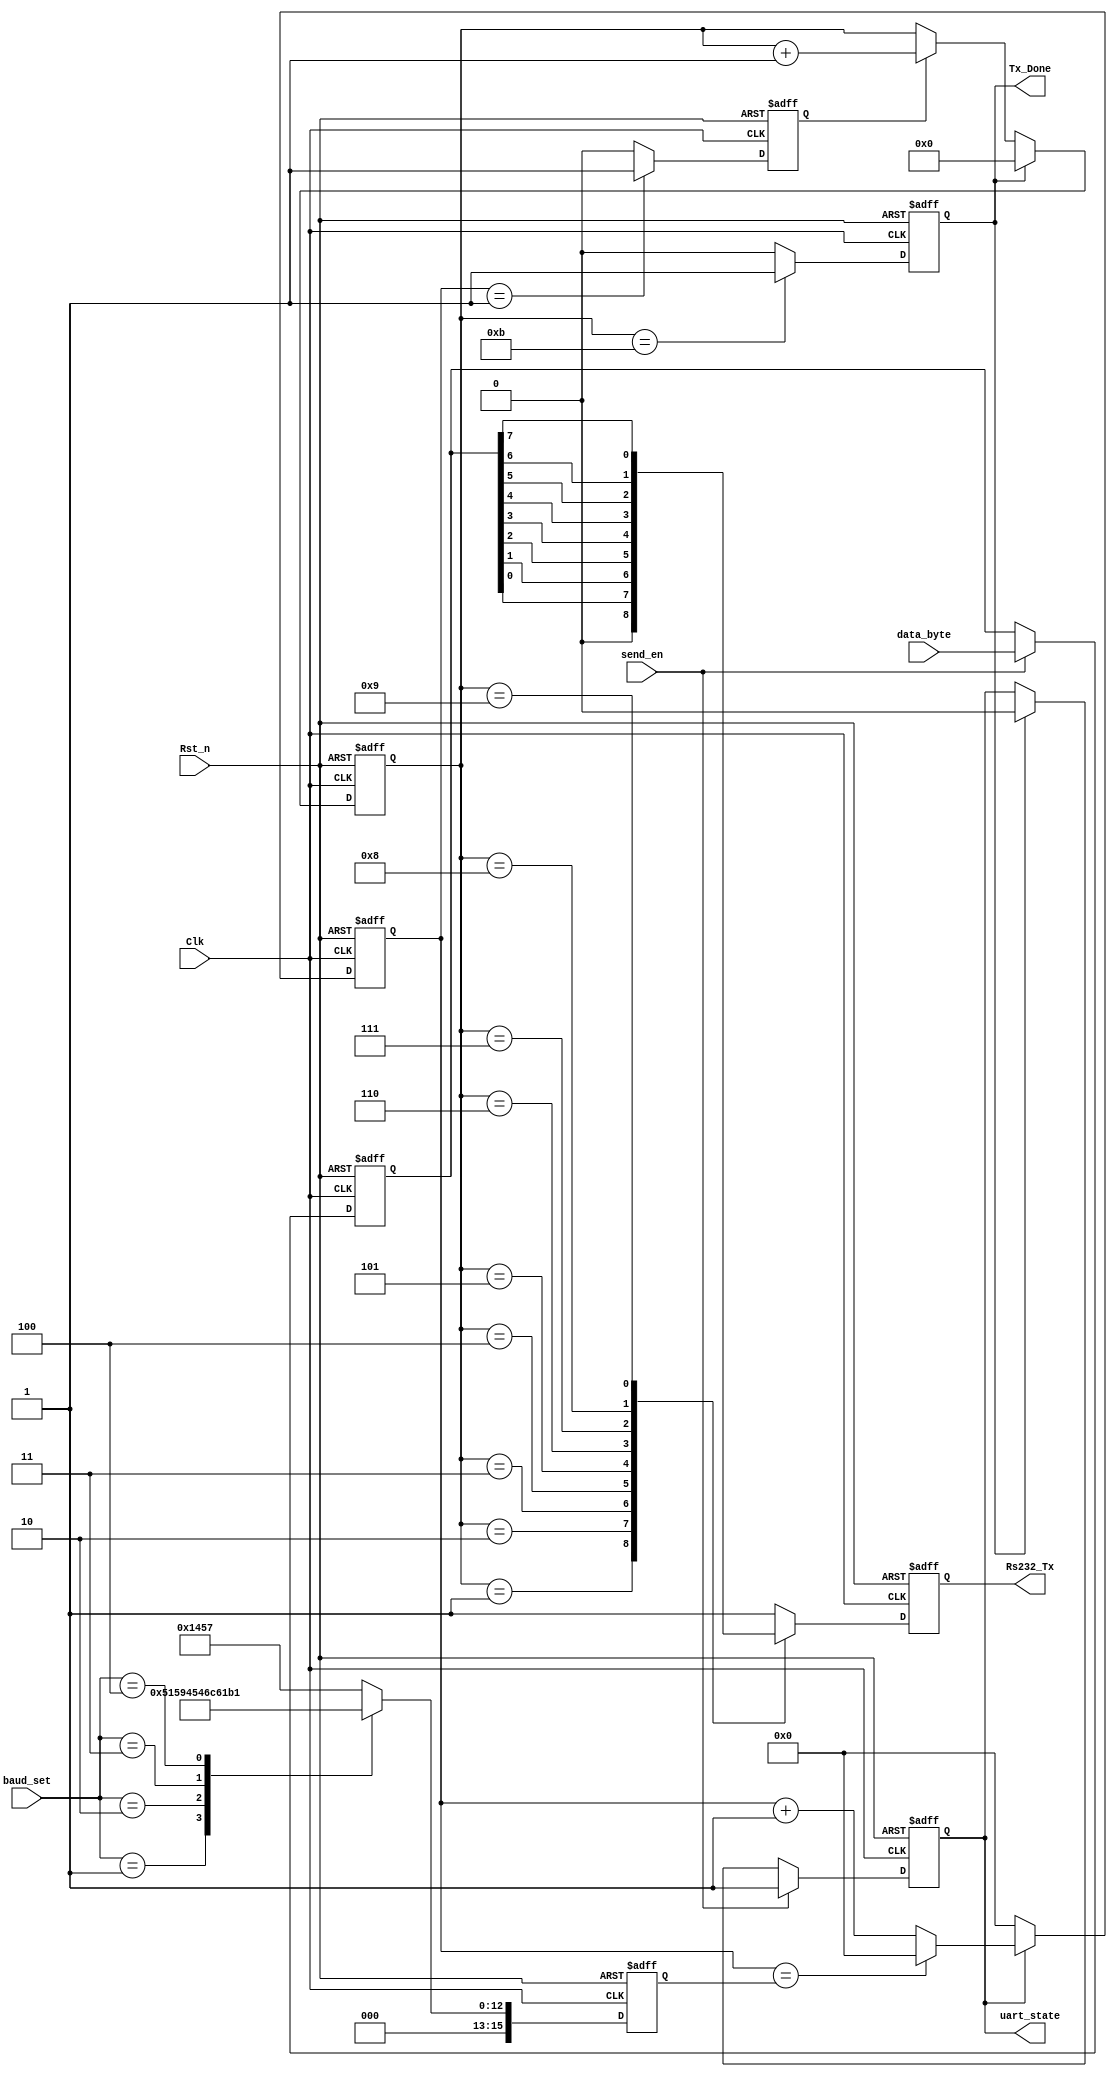
/***************************************************
*	Module Name		:	uart_byte_tx		   
*	Engineer		   :	
*	Target Device	:	EP4CE10F17C8
*	Tool versions	:	Quartus II 13.0
*	Revision		   :	v1.0
*	Description		:  
**************************************************/

module uart_tx_mess(
	Clk,       //50M
	Rst_n,     //
	data_byte, //8bit
	send_en,   //
	baud_set,  //
	
	Rs232_Tx,  //Rs232
	Tx_Done,   //
	uart_state //
);

	input Clk;
	input Rst_n;
	input [7:0]data_byte;
	input send_en;
	input [2:0]baud_set;
	
	output reg Rs232_Tx;
	output reg Tx_Done;
	output reg uart_state;
	
	reg bps_clk;	//
	
	reg [15:0]div_cnt;//
	
	reg [15:0]bps_DR;//
	
	reg [3:0]bps_cnt;//
	
	reg [7:0]r_data_byte;
	
	localparam START_BIT = 1'b0;
	localparam STOP_BIT = 1'b1;
	
	always@(posedge Clk or negedge Rst_n)
	if(!Rst_n)
		uart_state <= 1'b0;
	else if(send_en)
		uart_state <= 1'b1;
	else if(Tx_Done)
		uart_state <= 1'b0;
	else
		uart_state <= uart_state;
	
	always@(posedge Clk or negedge Rst_n)
	if(!Rst_n)
		r_data_byte <= 8'd0;
	else if(send_en)
		r_data_byte <= data_byte;
	else
		r_data_byte <= r_data_byte;
	
	always@(posedge Clk or negedge Rst_n)
	if(!Rst_n)
		bps_DR <= 16'd5207;
	else begin
		case(baud_set)
			0:bps_DR <= 16'd5207;
			1:bps_DR <= 16'd2603;
			2:bps_DR <= 16'd1301;
			3:bps_DR <= 16'd867;
			4:bps_DR <= 16'd433;
			default:bps_DR <= 16'd5207;			
		endcase
	end	
	
	//counter
	always@(posedge Clk or negedge Rst_n)
	if(!Rst_n)
		div_cnt <= 16'd0;
	else if(uart_state)begin
		if(div_cnt == bps_DR)
			div_cnt <= 16'd0;
		else
			div_cnt <= div_cnt + 1'b1;
	end
	else
		div_cnt <= 16'd0;
	
	// bps_clk gen
	always@(posedge Clk or negedge Rst_n)
	if(!Rst_n)
		bps_clk <= 1'b0;
	else if(div_cnt == 16'd1)
		bps_clk <= 1'b1;
	else
		bps_clk <= 1'b0;
	
	//bps counter
	always@(posedge Clk or negedge Rst_n)
	if(!Rst_n)	
		bps_cnt <= 4'd0;
	else if(Tx_Done)
		bps_cnt <= 4'd0;
	else if(bps_clk)
		bps_cnt <= bps_cnt + 1'b1;
	else
		bps_cnt <= bps_cnt;
		
	always@(posedge Clk or negedge Rst_n)
	if(!Rst_n)
		Tx_Done <= 1'b0;
	else if(bps_cnt == 4'd11)
		Tx_Done <= 1'b1;
	else
		Tx_Done <= 1'b0;
		
	always@(posedge Clk or negedge Rst_n)
	if(!Rst_n)
		Rs232_Tx <= 1'b1;
	else begin
		case(bps_cnt)
			0:Rs232_Tx <= 1'b1;
			1:Rs232_Tx <= START_BIT;
			2:Rs232_Tx <= r_data_byte[0];
			3:Rs232_Tx <= r_data_byte[1];
			4:Rs232_Tx <= r_data_byte[2];
			5:Rs232_Tx <= r_data_byte[3];
			6:Rs232_Tx <= r_data_byte[4];
			7:Rs232_Tx <= r_data_byte[5];
			8:Rs232_Tx <= r_data_byte[6];
			9:Rs232_Tx <= r_data_byte[7];
			10:Rs232_Tx <= STOP_BIT;
			default:Rs232_Tx <= 1'b1;
		endcase
	end	

endmodule